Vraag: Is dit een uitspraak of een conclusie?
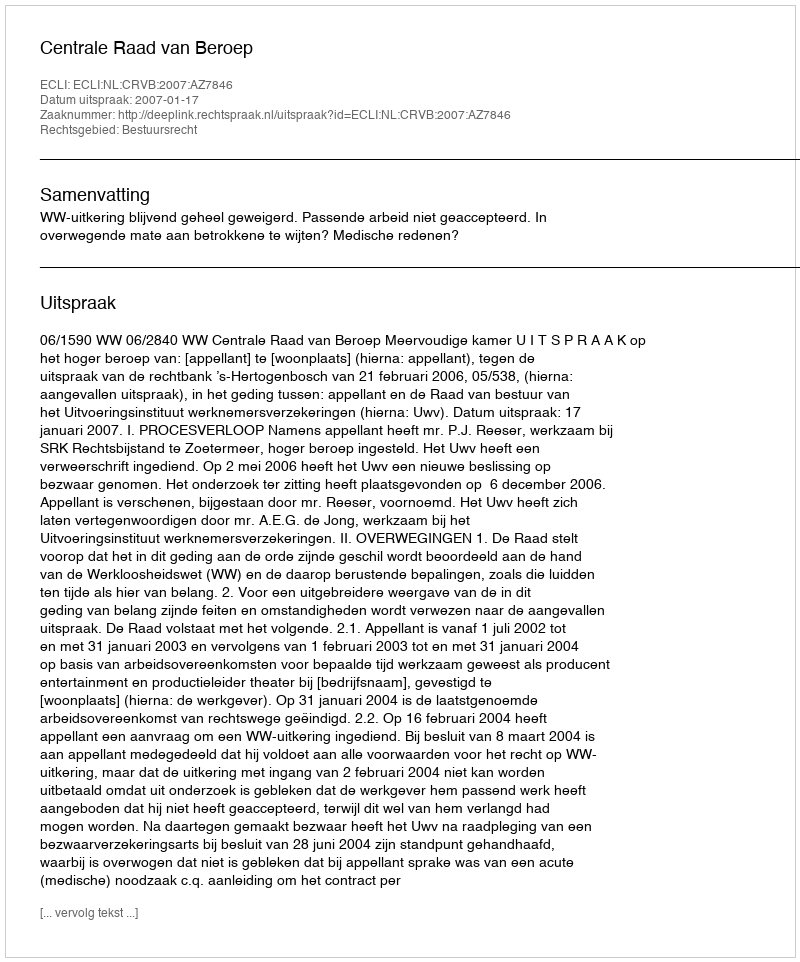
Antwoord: Uitspraak